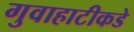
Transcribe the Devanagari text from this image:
गुवाहाटीकडे